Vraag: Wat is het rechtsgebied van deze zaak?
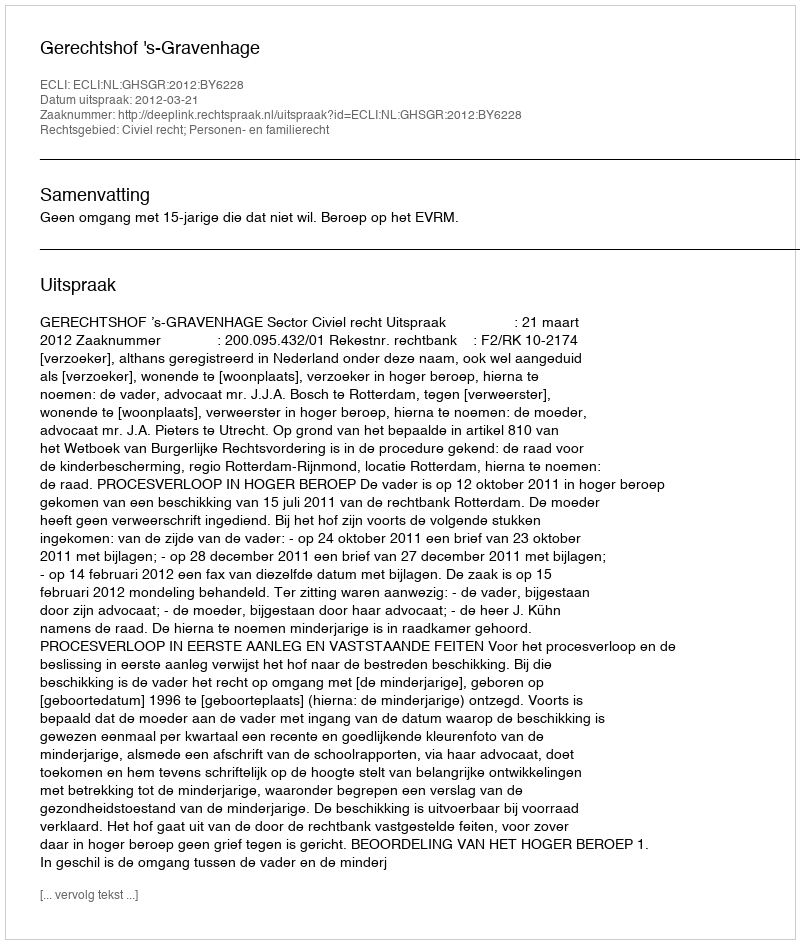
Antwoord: Civiel recht; Personen- en familierecht